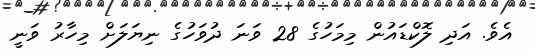
އެވެ. އަދި ލޮކްޑައުން މިމަހުގެ 28 ވަަނަ ދުވަހުގެ ނިޔަލަށް މިހާރު ވަނީ